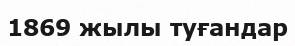
1869 жылы туғандар